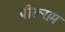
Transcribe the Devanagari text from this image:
पीरूराम